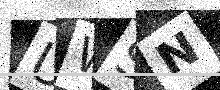
Text: UWSN